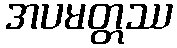
အပမတ္တဿ